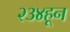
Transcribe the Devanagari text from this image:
२३४हून